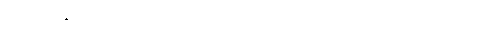
အမျိုးသမီး ဇာတ်လိုက်တွေကလည်း ထူးချွန်ထက်မြက်သူတွေ များပြီး အမျိုးသားတွေ ထက်တောင်